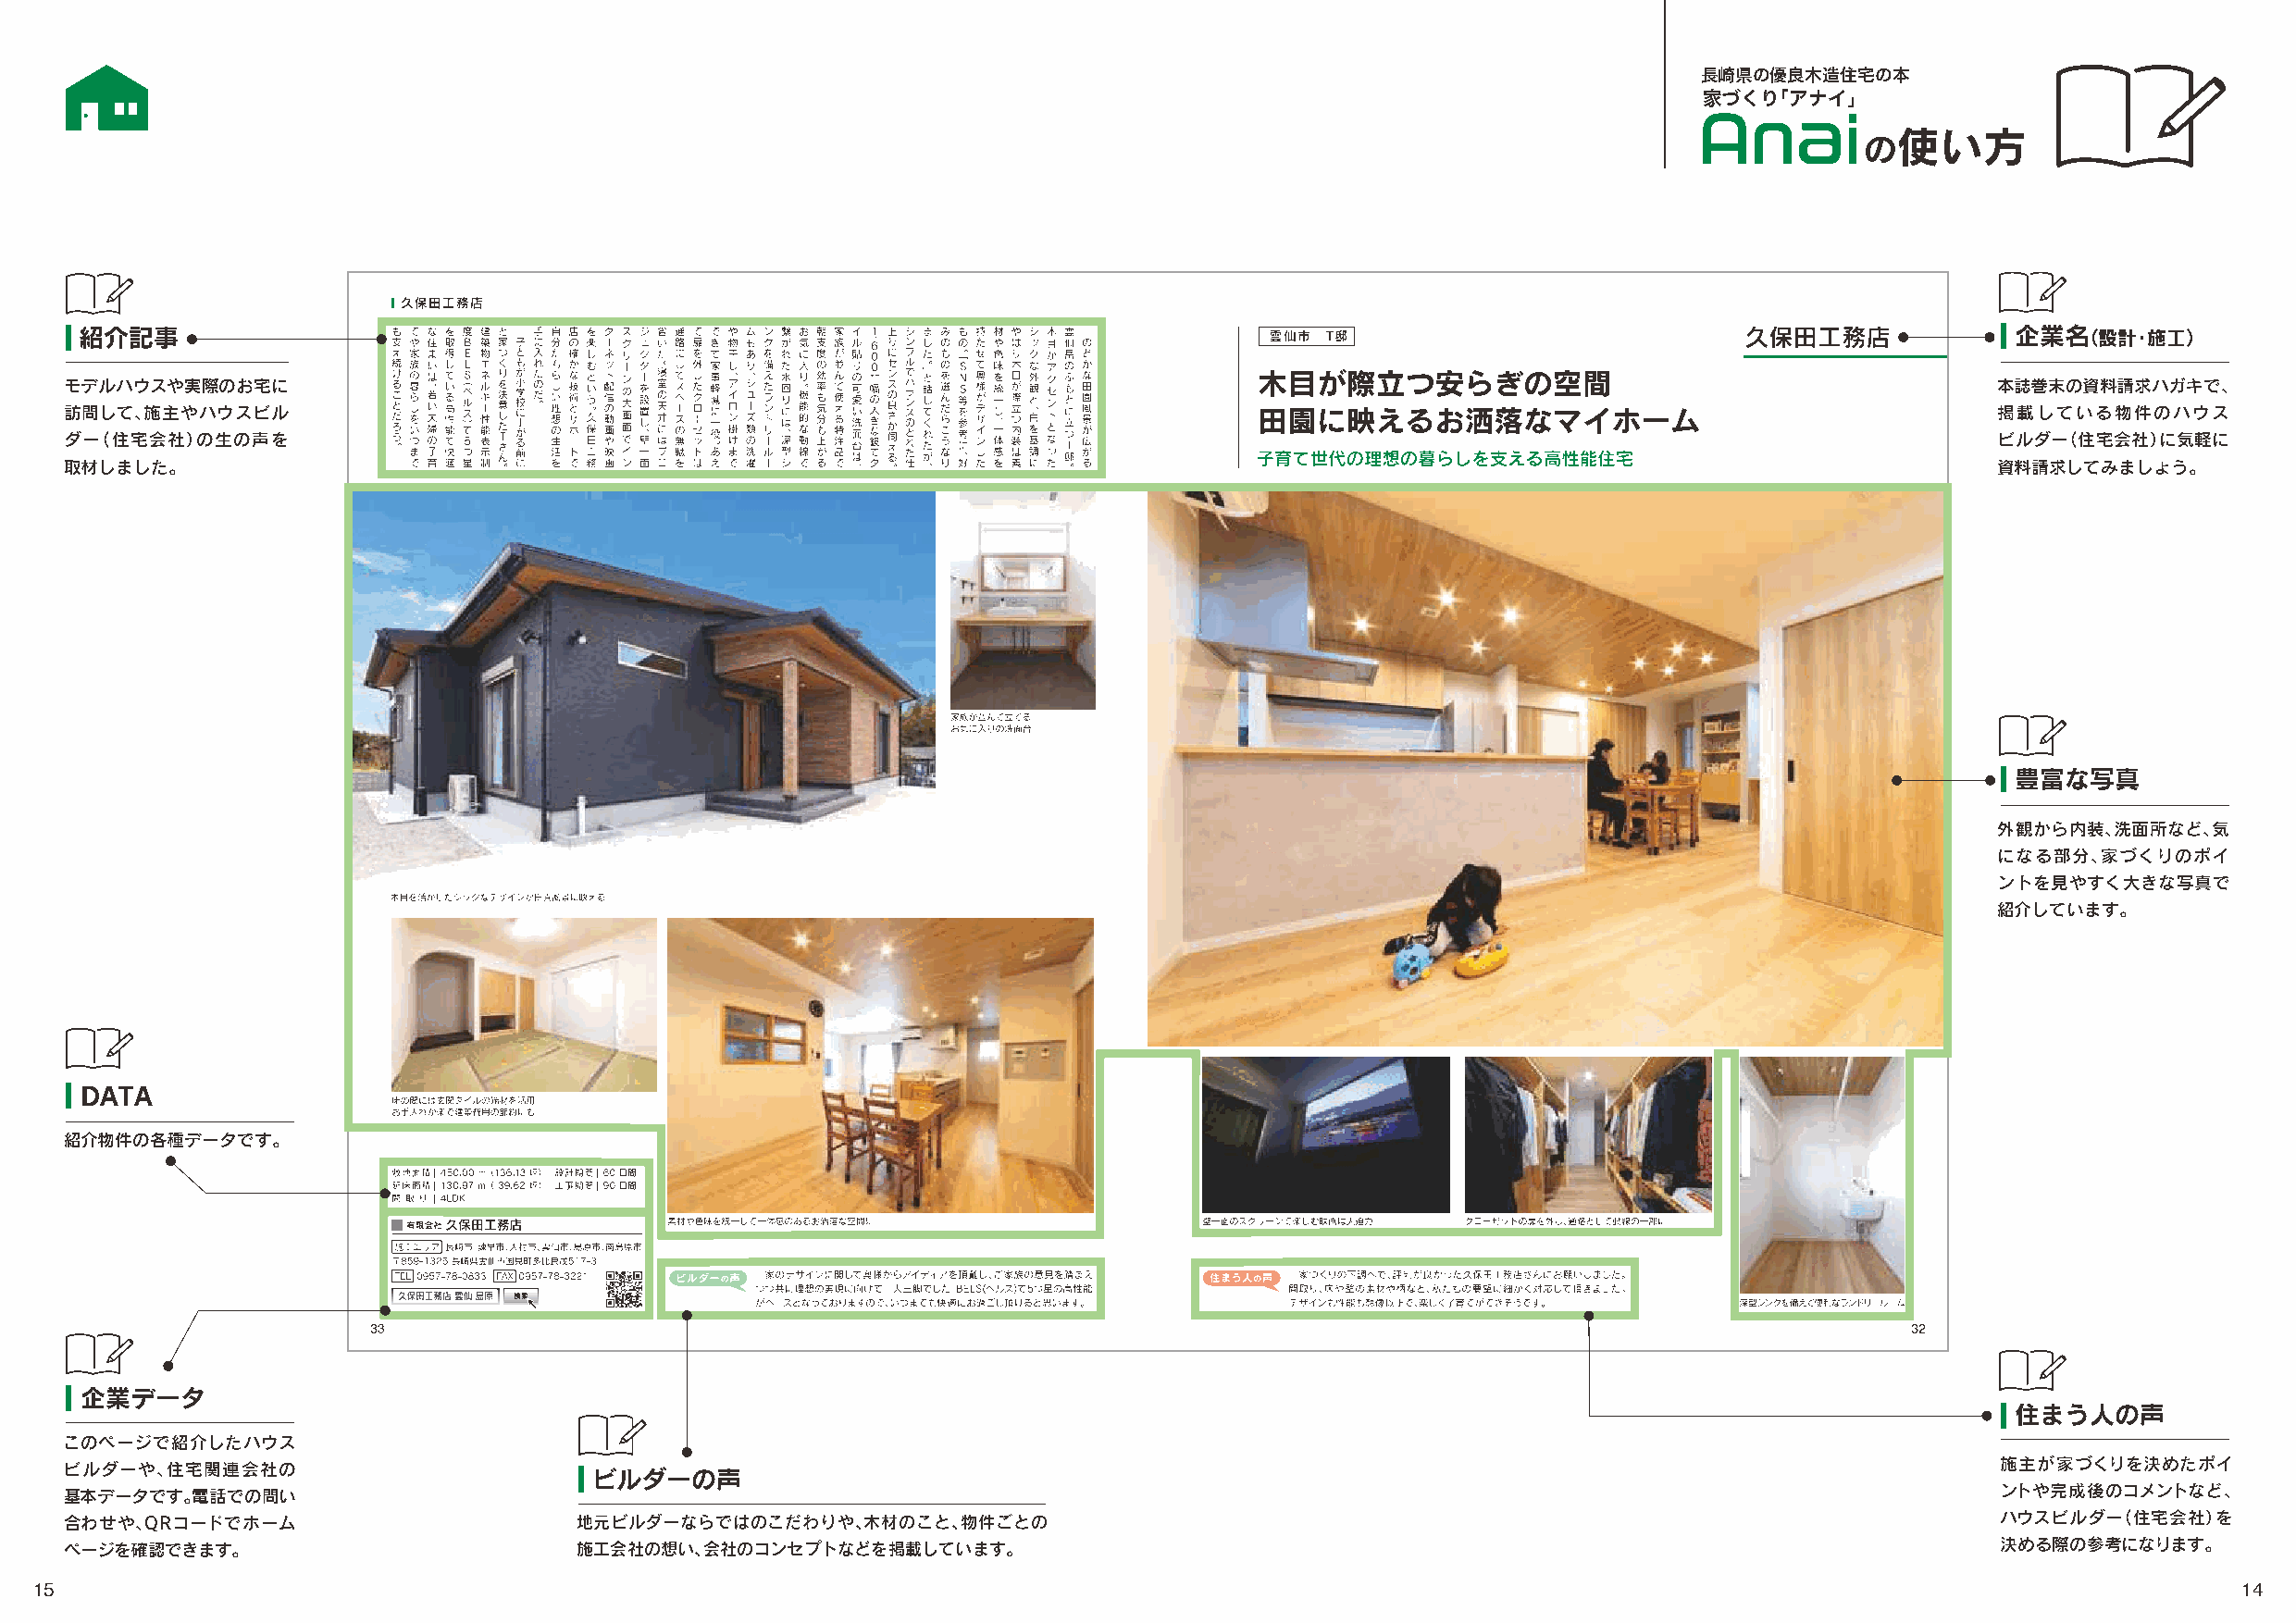
長崎県の優良木造住宅の本
 家づくり「アナイ」
 使い方
 の
 紹介記事                                                                                                                                      企業名（設計・施工）
 モデルハウスや実際のお宅に                                                                                                                             本誌巻末の資料請求ハガキで、
 訪問して、施主やハウスビル                                                                                                                             掲載している物件のハウス
 ダー（住宅会社）の生の声を                                                                                                                             ビルダー（住宅会社）に気軽に
 取材しました。                                                                                                                                   資料請求してみましょう。
 豊富な写真
 外観から内装、洗面所など、気
 になる部分、家づくりのポイ
 ントを見やすく大きな写真で
 紹介しています。
 DATA
 紹介物件の各種データです。
 企業データ
 住まう人の声
 このページで紹介したハウス
 ビルダーや、住宅関連会社の                                                                                                                             施主が家づくりを決めたポイ
 ビルダーの声
 基本データです。電話での問い                                                                                                                            ントや完成後のコメントなど、
 合わせや、QRコードでホーム                      地元ビルダーならではのこだわりや、木材のこと、物件ごとの                                                                          ハウスビルダー（住宅会社）を
 ページを確認できます。                         施工会社の想い、会社のコンセプトなどを掲載しています。                                                                           決める際の参考になります。
 15                                                                                                                                                            14